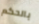
بالحكم